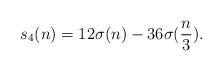
LaTeX: \begin{align*}s_{4}(n) = 12\sigma(n) - 36\sigma(\frac{n}{3}). \end{align*}